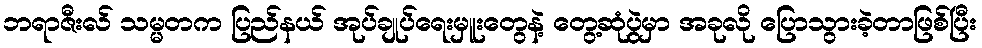
ဘရာဇီးလ် သမ္မတက ပြည်နယ် အုပ်ချုပ်ရေးမှူးတွေနဲ့ တွေ့ဆုံပွဲမှာ အခုလို ပြောသွားခဲ့တာဖြစ်ပြီး